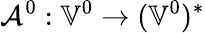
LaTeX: \mathcal{A}^{0}:\mathbb{V}^{0}\to(\mathbb{V}^{0})^{*}